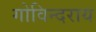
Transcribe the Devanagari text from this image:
गोविन्दराय